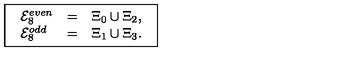
\fbox { \begin{array} { l l l } { { \cal E } _ { 8 } ^ { e v e n } } & { = } & { \Xi _ { 0 } \cup \Xi _ { 2 } , } \\ { { \cal E } _ { 8 } ^ { o d d } } & { = } & { \Xi _ { 1 } \cup \Xi _ { 3 } . } \\ \end{array} }